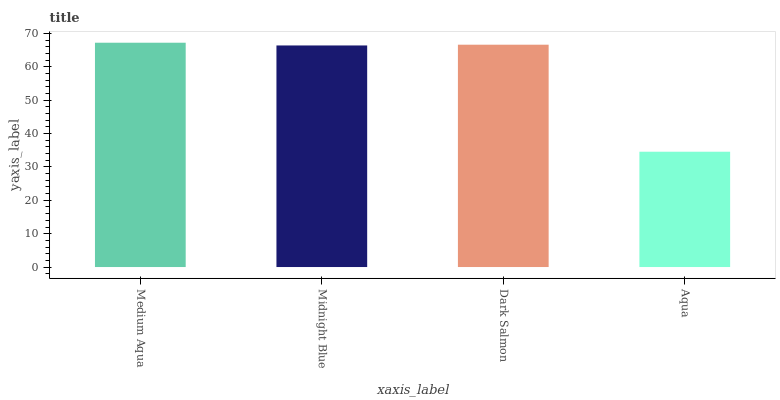
| xaxis_label | bars |
 | --- | --- |
 | Medium Aqua | 67.2 |
 | Midnight Blue | 66.4 |
 | Dark Salmon | 66.6 |
 | Aqua | 34.6 |